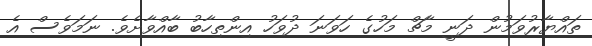
ތައްޔާރުވަމުން ދަނީ މާޗް މަހުގެ ހަވަނަ ދުވަހު އިންތިހާބު ބާއްވާށެވެ. ނަމަވެސް އެ